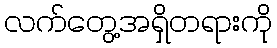
လက်တွေ့အရှိတရားကို